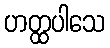
ဟတ္ထပါသေ